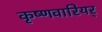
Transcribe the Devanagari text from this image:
कृष्णवारियर्